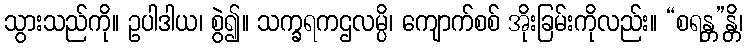
သွားသည်ကို။ ဥပါဒါယ၊ စွဲ၍။ သက္ခရကဌလမ္ပိ၊ ကျောက်စစ် အိုးခြမ်းကိုလည်း။ “စရန္တ”န္တိ၊